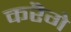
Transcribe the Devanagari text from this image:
करेॆगे